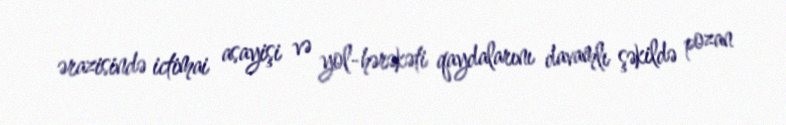
ərazisində ictimai asayişi və yol-hərəkəti qaydalarını davamlı şəkildə pozan